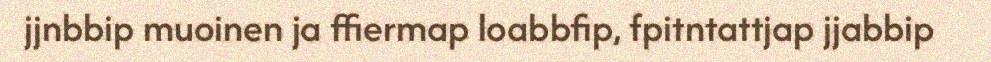
jjnbbip muoinen ja ffiermap loabbfip, fpitntattjap jjabbip